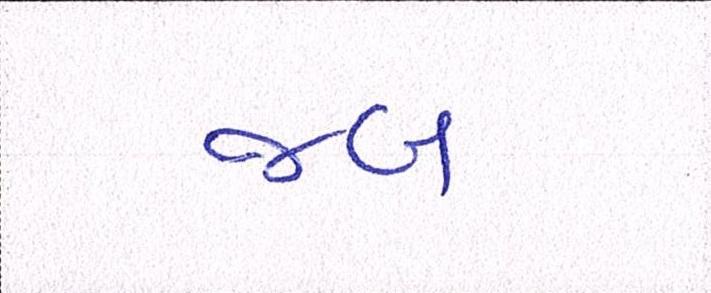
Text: જબ